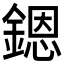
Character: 𨪜